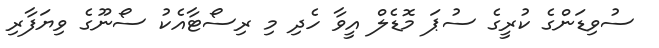
ސުވިޑަންގެ ކުރީގެ ސުޕަ މޮޑެލް އީވާ ހެދި މި ރިސޯޓާއެކު ސޯނޫގެ ވިޔަފާރި